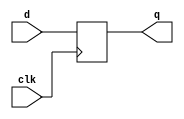
// verilog file for dff

module dff ( clk, d, q);
	input clk, d;
	output q;
	reg q;
	
	always @ (posedge clk)
	begin
		q <= d;
	end
endmodule